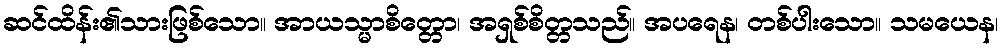
ဆင်ထိန်း၏သားဖြစ်သော။ အာယသ္မာစိတ္တော၊ အရှစ်စိတ္တသည်။ အပရေန၊ တစ်ပါးသော။ သမယေန၊